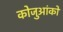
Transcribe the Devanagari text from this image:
कोजुआंको